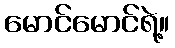
မောင်မောင်ရဲ့။